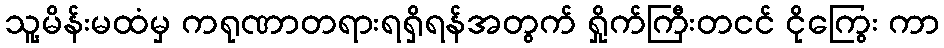
သူ့မိန်းမထံမှ ကရုဏာတရားရရှိရန်အတွက် ရှိုက်ကြီးတငင် ငိုကြွေး ကာ